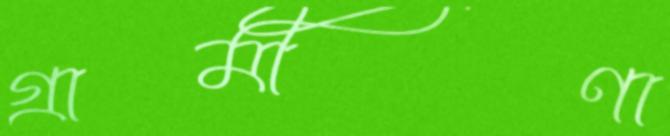
গ্রামীণা